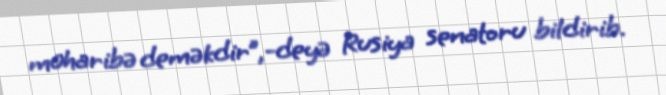
müharibə deməkdir”,-deyə Rusiya senatoru bildirib.